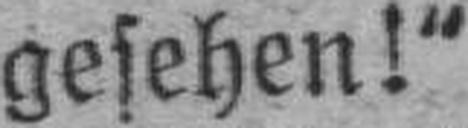
gesehen!“